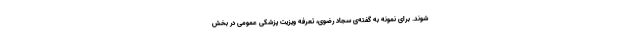
شوند. برای نمونه به گفته‌ی سجاد رضوی، تعرفه ویزیت پزشکی عمومی در بخش